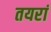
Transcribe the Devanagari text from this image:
तयरां